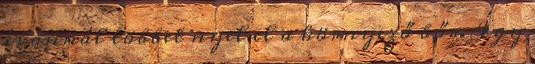
és annál többet nyel el a környező bőr. Így